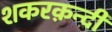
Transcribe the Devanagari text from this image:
शकरक़न्दी